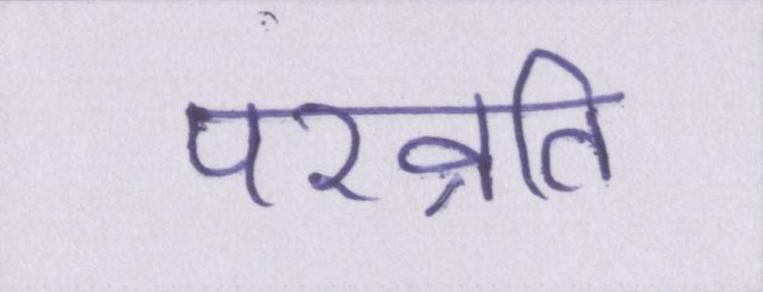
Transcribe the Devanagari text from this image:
परव्रति